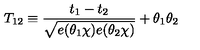
T _ { 1 2 } \equiv \frac { t _ { 1 } - t _ { 2 } } { \sqrt { e ( \theta _ { 1 } \chi ) e ( \theta _ { 2 } \chi ) } } + \theta _ { 1 } \theta _ { 2 }